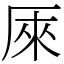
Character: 𠩬